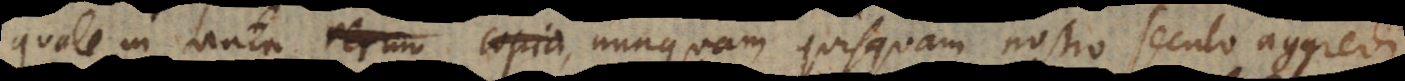
quale in tanta rerum copia, nunquam quisquam nostro seculo aggredi